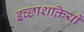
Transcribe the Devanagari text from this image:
इच्छाशक्तियों